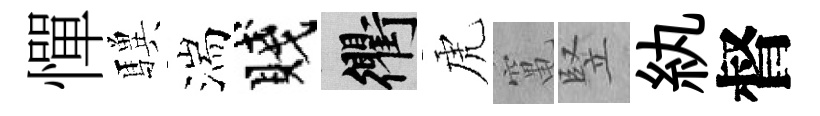
憚驥湍賤衢虎𥧄竪紈督